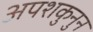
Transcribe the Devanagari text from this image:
अपशकुनुन